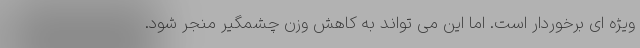
ویژه ای برخوردار است. اما این می تواند به کاهش وزن چشمگیر منجر شود.